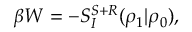
\beta W = - S _ { I } ^ { S + R } ( \rho _ { 1 } | \rho _ { 0 } ) ,